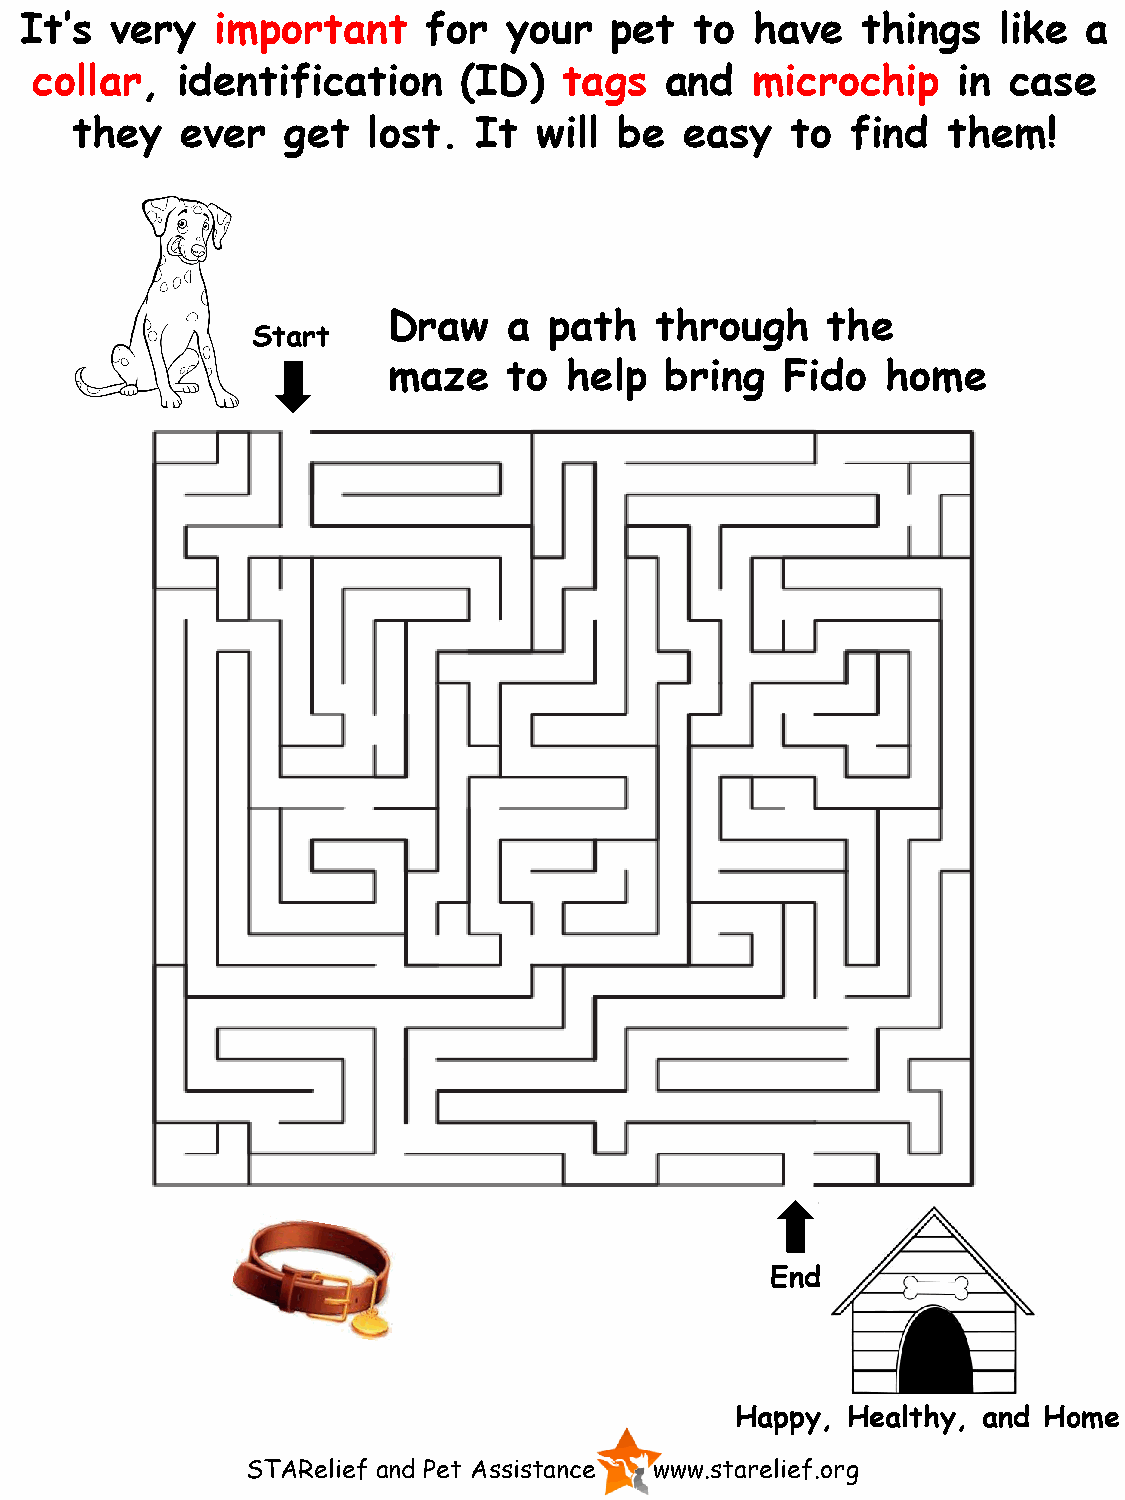
It’s  very   important     for  your   pet   to  have   things   like  a
 collar,   identification    (ID)   tags   and   microchip    in  case
 they   ever   get  lost.   It  will be  easy   to  find   them!
 Draw    a path   through     the
 Start
 maze    to  help  bring   Fido   home
 End
 Happy, Healthy, and Home
 STARelief and Pet Assistance www.starelief.org